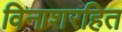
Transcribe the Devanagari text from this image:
विनाशरहित